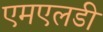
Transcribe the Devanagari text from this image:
एमएलडी